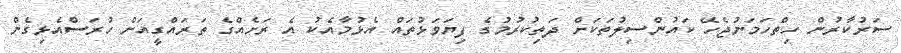
ސަރުކާރުން ހިތްހަމަނުޖެހޭ ކައުންސިލުތަކަށް ދަތިކުރުމުގެ ފިޔަވަޅުތައް އެޅުމާއެކު އެ ރަށެއްގެ ތަރައްގީއަށް ހުރަސްއެޅިގެން